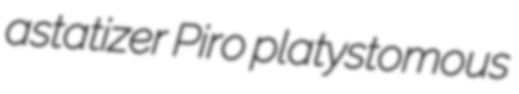
astatizer Piro platystomous